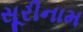
સૂરીનામ